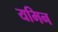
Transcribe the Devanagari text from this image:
यमिन